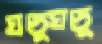
ঘড়্‌ঘড়্‌